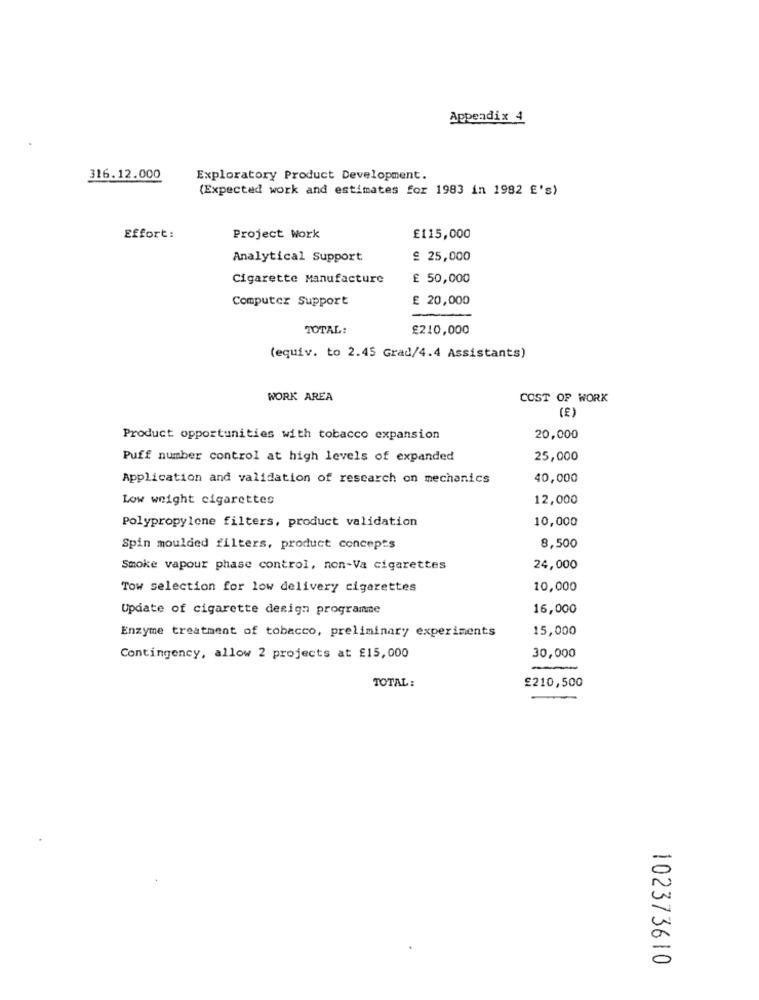
Appendix 4
316.12.000
Exploratory Product Development.
(Expected work and estimates for 1983 in 1982 £'s)
Effort:
Project Work
£115,000
Analytical Support
£ 25,000
Cigarette Manufacture
£ 50,000
Computer Support
£ 20,000
TOTAL:
£210,000
(equiv. to 2.45 Grad/4.4 Assistants)
WORK AREA
COST OF WORK
(E)
Product opportunities with tobacco expansion
20,000
Puff number control at high levels of expanded
25,000
Application and validation of research on mechanics
40,000
Low weight cigarettes
12,000
Polypropylene filters, product validation
10,000
Spin moulded filters, product concepts
8,500
Smoke vapour phase control, non-Va cigarettes
24,000
Tow selection for low delivery cigarettes
10,000
Update of cigarette design programme
16,000
15,000
Enzyme treatment of tobacco, preliminary experiments
Contingency, allow 2 projects at £15,000
30,000
TOTAL:
£210,500
-
0
102373610